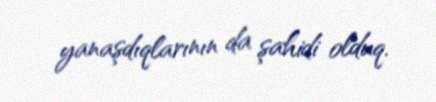
yanaşdıqlarının da şahidi olduq.